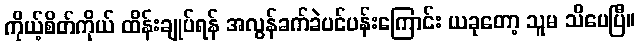
ကိုယ့်စိတ်ကိုယ် ထိန်းချုပ်ရန် အလွန်ခက်ခဲပင်ပန်းကြောင်း ယခုတော့ သူမ သိပေပြီ။